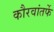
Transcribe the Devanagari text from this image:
कौरवांतर्फे